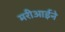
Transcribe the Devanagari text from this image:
मरीआईने